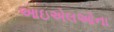
આઇએલઓના